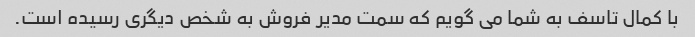
با کمال تاسف به شما می گویم که سمت مدیر فروش به شخص دیگری رسیده است.